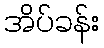
အိပ်ခန်း